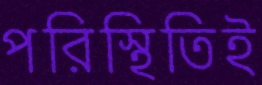
পরিস্থিতিই